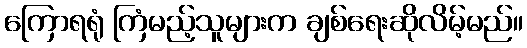
ကြောရရုံ ကြံမည့်သူများက ချစ်ရေးဆိုလိမ့်မည်။